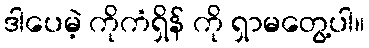
ဒါပေမဲ့ ကိုကံရှိန် ကို ရှာမတွေ့ပါ။